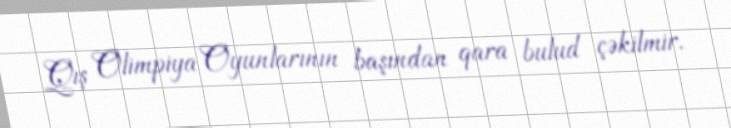
Qış Olimpiya Oyunlarının başından qara bulud çəkilmir.